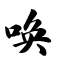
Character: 唤